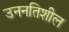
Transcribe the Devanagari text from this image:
उननतिशील